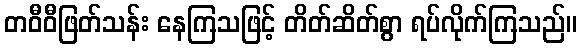
တဝီဝီဖြတ်သန်း နေကြသဖြင့် တိတ်ဆိတ်စွာ ရပ်လိုက်ကြသည်။